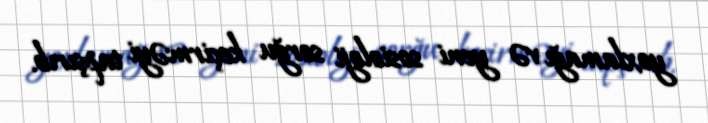
yoxlamağı və yeni sosioloji sorğu keçirməyi tapşırıb.